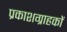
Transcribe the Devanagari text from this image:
प्रकाशग्राहकों